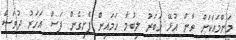
މަންމައަކަށް ވާން އުޅޭ ޚަބަރު ލިބުމާ ހަމައިން ފެށިގެން ފަސް އަހަރު ދުވަސް